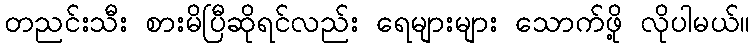
တညင်းသီး စားမိပြီဆိုရင်လည်း ရေများများ သောက်ဖို့ လိုပါမယ်။